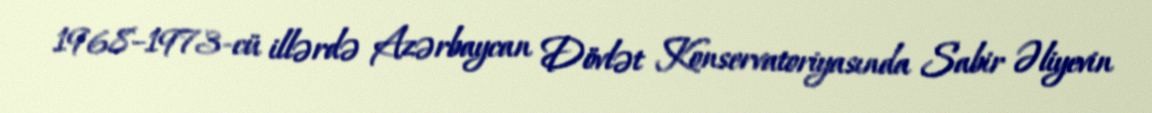
1968–1973-cü illərdə Azərbaycan Dövlət Konservatoriyasında Sabir Əliyevin